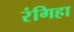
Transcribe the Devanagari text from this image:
रंगिहा